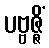
ပဗ္ဗဇ္ဇိံ